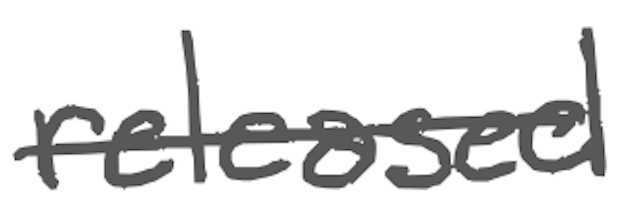
Text: released
Cross-out: single-line
Writing tool: digital_gray